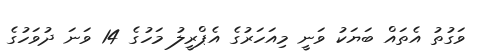
ވަގުތު އެތައް ބަޔަކު ވަނީ މިއަހަރުގެ އެޕްރީލު މަހުގެ 14 ވަނަ ދުވަހުގެ